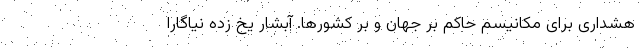
هشداری برای مکانیسم حاکم بر جهان و بر کشورها. آبشار یخ زده نیاگارا